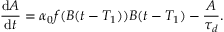
\frac { \mathrm { d } A } { \mathrm { d } t } = \alpha _ { 0 } f ( B ( t - T _ { 1 } ) ) B ( t - T _ { 1 } ) - \frac { A } { \tau _ { d } } .